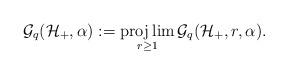
LaTeX: \begin{align*}\mathcal{G}_q(\mathcal{H}_+,\alpha):=\projlim_{r\ge1}\mathcal{G}_q(\mathcal{H}_+,r,\alpha).\end{align*}